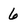
Character: 6